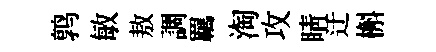
鹑敏敖調羈淘攻睛迂槲